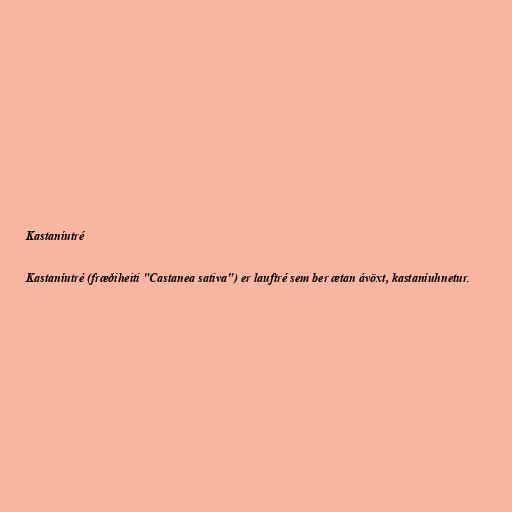
Kastaníutré

Kastaníutré (fræðiheiti "Castanea sativa") er lauftré sem ber ætan ávöxt, kastaníuhnetur.